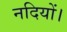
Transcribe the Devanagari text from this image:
नदियों।